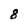
Character: 8